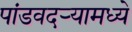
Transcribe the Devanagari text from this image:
पांडवदर्‍यामध्ये